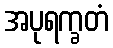
အပုရက္ခတံ